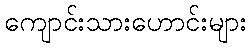
ကျောင်းသားဟောင်းများ